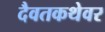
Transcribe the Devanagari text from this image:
दैवतकथेवर